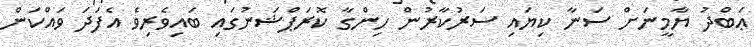
ޢަބްދު ޔާމީނަށް ސަނާ ކިޔައި ސަރުކާރުން ހިންގާ ކޮރަޕްޝަނުގައި ބައިވެރިވެ އެފަދަ ވައްކަން